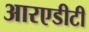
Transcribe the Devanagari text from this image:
आरएडीटी